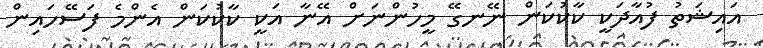
އައިޝަތު ފުއާދަކީ ކާކުކަން ނޭނގޭ މީހުންނަށް އޭނާ އަކީ ކާކުކަން އެންމެ ފަސޭހައިން